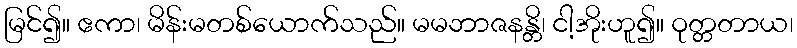
မြင်၍။ ဧကာ၊ မိန်းမတစ်ယောက်သည်။ မမဘာဇနန္တိ၊ ငါ့အိုးဟူ၍။ ဝုတ္တတာယ၊